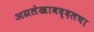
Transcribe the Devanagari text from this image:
अग्रलेखाबद्दलचा